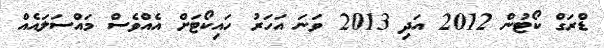
ޑްރަގް ކޯޓުން 2012 އަދި 2013 ވަނަ އަހަރު ހައިކޯޓަށް އެއްވެސް މައްސަލައެއް